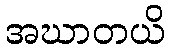
အဃာတယိ